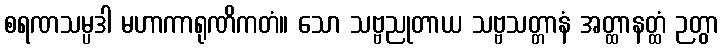
စရဏသမ္ပဒါ မဟာကာရုဏိကတံ။ သော သဗ္ဗညုတာယ သဗ္ဗသတ္တာနံ အတ္ထာနတ္ထံ ဉတွာ